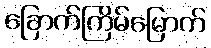
ခြောက်ကြိမ်မြောက်